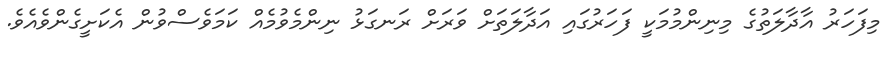
މިފަހަރު އާދާލަތުގެ މިނިންމުމަކީ ފަހަރުގައި އަދާލަތަށް ވަރަށް ރަނގަޅު ނިންމެވުމެއް ކަމަވެސްވުން އެކަށީގެންވެއެވެ.